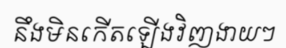
នឹងមិនកើតឡើងវិញងាយៗ